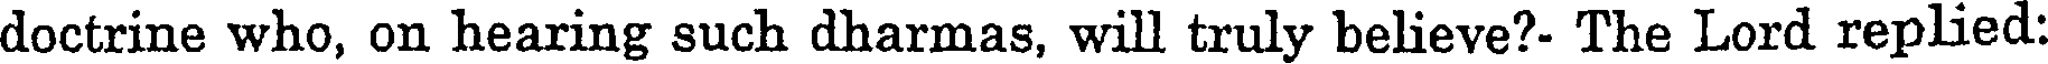
doctrine who, on hearing such dharmas, will truly believe?- The Lord replied: